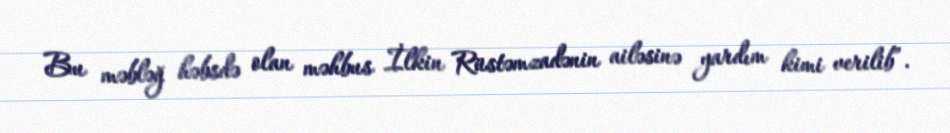
Bu məbləğ həbsdə olan məhbus İlkin Rüstəmzadənin ailəsinə yardım kimi verilib”.